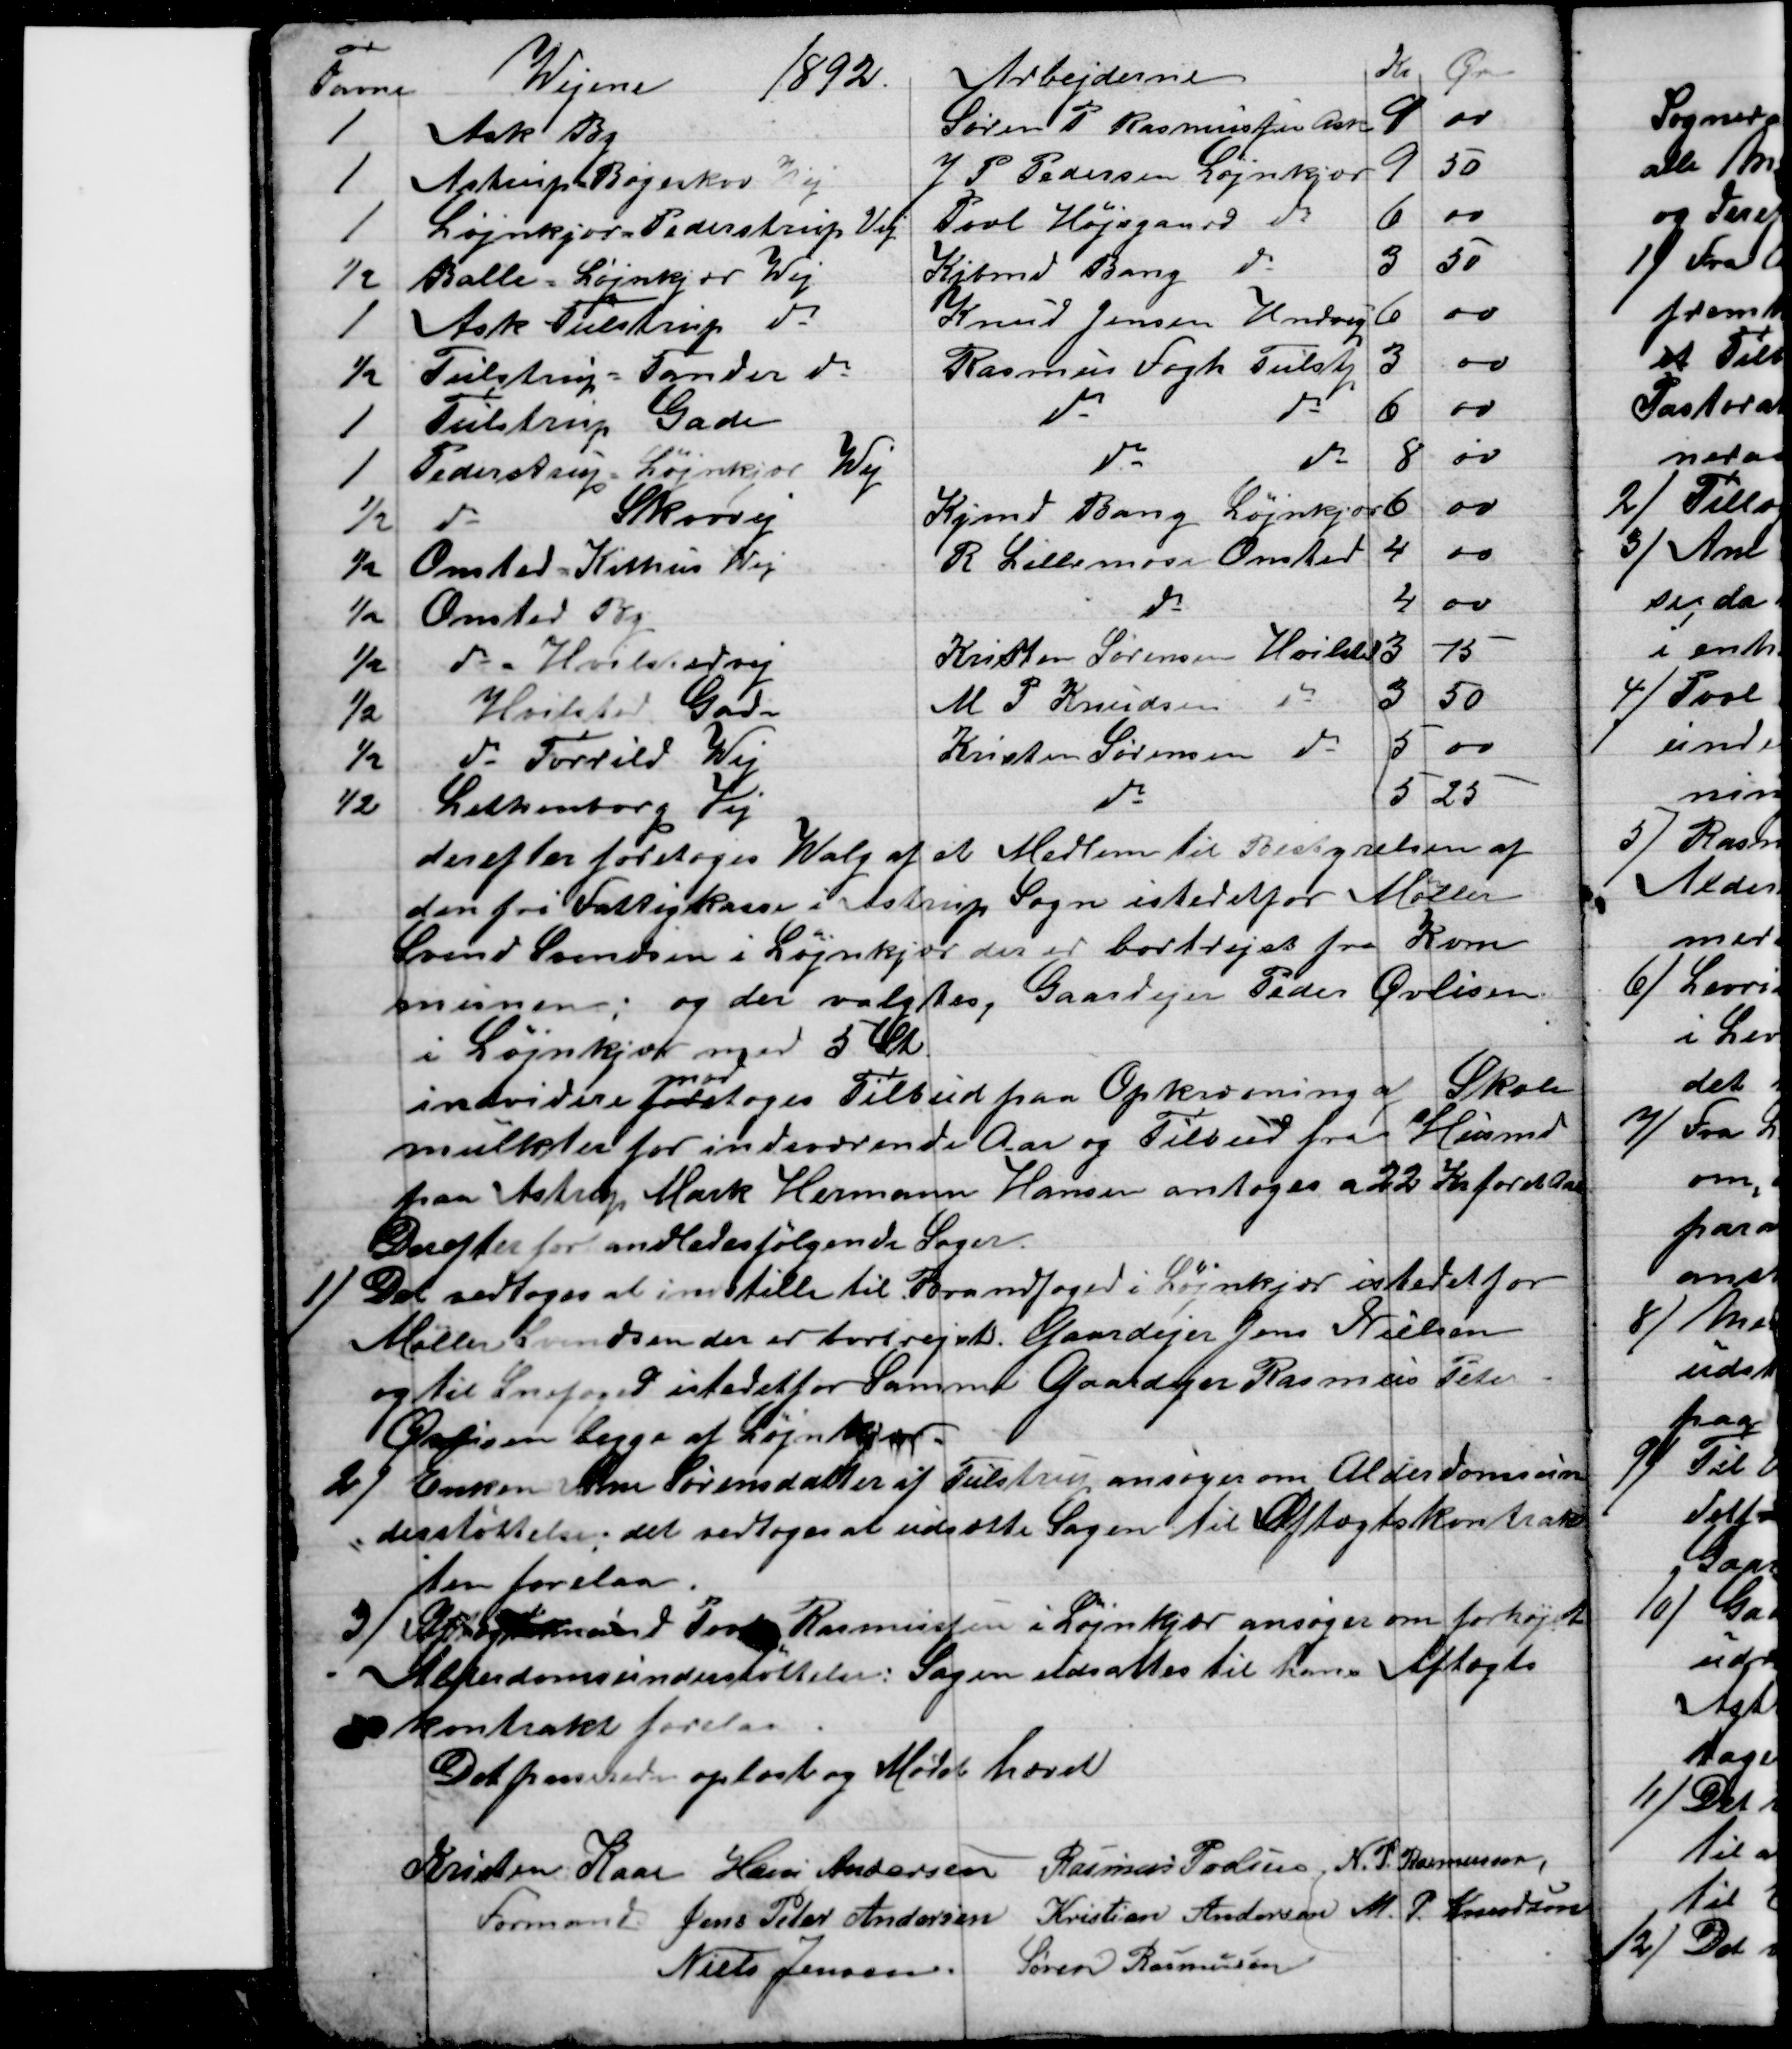
Transskription:
Favne
Wejene
1892.
Arbejderne
Kr Ør
1
Ask By
Søren P Rasmussen Ask
9
00
1
Astrup Bøgeskov Vej
J P Pedersen Løjnkjær
9
50
1
Løjnkjær-Pederstrup Vej
Povl Højsgaard do
6
00
½
Balle - Løjnkjær Wej
Kjbmd Bang do
3
50
1
Ask Tulstrup do
Knud Jensen Hndrup
6
00
½
Tulstrup = Tander do
Rasmus Fogh Tulstp
3
00
1
Tulstrup Gade
do 
do
6
00
1
Pederstrup Løjnkjær Wej
do 
do
8
00
½
do 
Skovvej
Kjmd Bang Løjnkjær
6
00
½
Onsted -Kithus Wej
R Lillemose Onsted
4
00
½
Onsted By
do
4
00
½
do = Hvilstedvej
Kristen Sørensen Hvilsted
3
75
½
Hvilsted Gade
M P. Knudsen do
3
50
½
do - Torrild Wej
Kristen Sørensen do
5
00
½
Lethenborg Vej
do
5
25
derefter foretoges Walg af et Medlem til Bestyrelsen af
den fri Fattigkasse i Astrup Sogn istedetfor Møller
Svend Svendsen i Løjnkjær der er bortrejst fra Kom
munen; og der valgtes, Gaardejer Peder Øvlisen.
i Løjnkjær med 5 St.
indvidere fore
mod
toges Tilbud paa Opkrævning af Skole
mulkter for indeværende Aar og Tilbud fra  Husmd
paa Astrup Mark Hermann Hansen antoges a 22 Kr for et Aar
Derefter forhandledes følgende Sager.
1)
Det vedtoges at indstille til Brandfoged i Løjnkjær istedetfor
Møller Svendsen der er bortrejst. Gaardejer Jens Nielsen
og til Snefoged istedet for Samme Gaardejer Rasmus Peter
Øvlisen begge at Løjnkjær.
2)  
Enken Ane Sørensdatter af Tulstrup ansøger om Alderdomsun
derstøttelse; det vedtoges at udsætte Sagen til Aftægtskontrak
ten forelaa.
3) 
Aftægtsmand Povl Rasmussen i Løjnkjær ansøger om forhøjet
Alderdomsunderstøttelse. Sagen udsattes til hans Aftægts
kontrakt forelaa
Det passerede oplæst og Mødet hævet
Kristen Kaae 
Formand. 
Hans Andersen
Rasmus Povlsen N. P. Rasmussen
Jens Peter Andersen
Kristian Andersen M P. Knudsen
Niels Jensen.
Søren Rasmussen